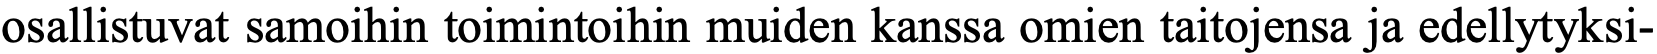
osallistuvat samoihin toimintoihin muiden kanssa omien taitojensa ja edellytyksi-